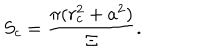
LaTeX: S _ { c } = \frac { \pi ( r _ { c } ^ { 2 } + a ^ { 2 } ) } { \Xi } .